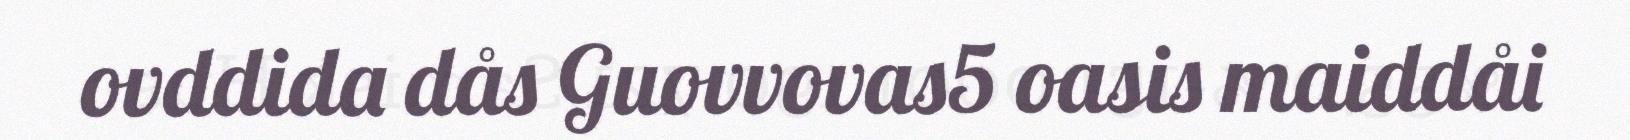
ovddida dås Guovvovas5 oasis maiddåi